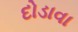
દોડાવા